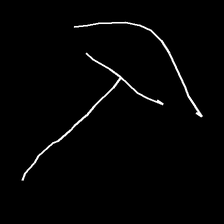
Glyph: dispersion